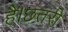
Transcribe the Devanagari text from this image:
है।छतरी